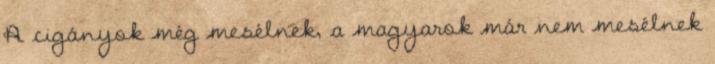
A cigányok még mesélnek, a magyarok már nem mesélnek